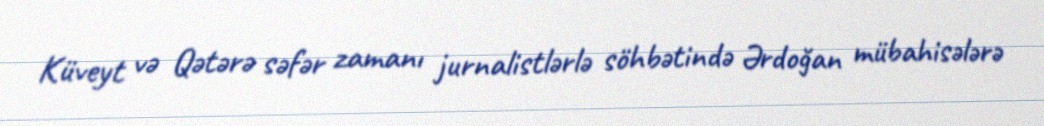
Küveyt və Qətərə səfər zamanı jurnalistlərlə söhbətində Ərdoğan mübahisələrə